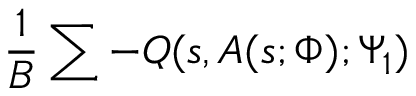
\frac { 1 } { B } \sum - Q ( s , A ( s ; \Phi ) ; \Psi _ { 1 } )